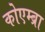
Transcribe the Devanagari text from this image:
कोएम्ब्रा